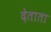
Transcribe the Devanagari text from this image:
देताता